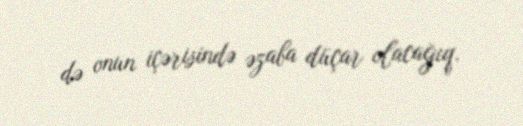
də onun içərisində əzaba düçar olacağıq.